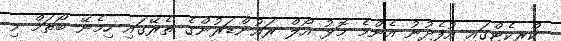
ކްރިކެޓްގައި އުފެދުނު އެންމެ މޮޅު އޯލް ރައުންޑަރުންގެ ތެރޭގައި ހިމެނޭ ބޯތަމް މި